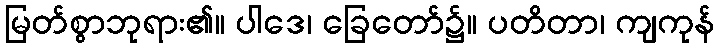
မြတ်စွာဘုရား၏။ ပါဒေ၊ ခြေတော်၌။ ပတိတာ၊ ကျကုန်